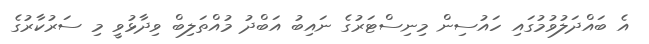
އެ ބައްދަލުވުމުގައި ހައުސިން މިނިސްޓަރުގެ ނައިބު އަބްދު މުއްތަލިބް ވިދާޅުވީ މި ސަރުކާރުގެ